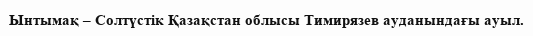
Ынтымақ – Солтүстік Қазақстан облысы Тимирязев ауданындағы ауыл.